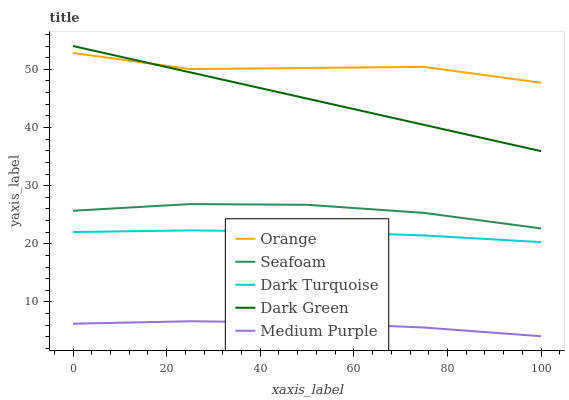
| xaxis_label | Orange | Seafoam | Dark Turquoise | Dark Green | Medium Purple |
 | --- | --- | --- | --- | --- | --- |
 | 0 | 52.8 | 25.7 | 22 | 54 | 6.27 |
 | 25 | 50 | 26.8 | 22.3 | 49.5 | 6.69 |
 | 50 | 50.2 | 26.7 | 22.1 | 45 | 6.47 |
 | 75 | 50.4 | 25.3 | 21.4 | 40.4 | 5.61 |
 | 100 | 47.7 | 22.6 | 20.3 | 35.9 | 4.11 |